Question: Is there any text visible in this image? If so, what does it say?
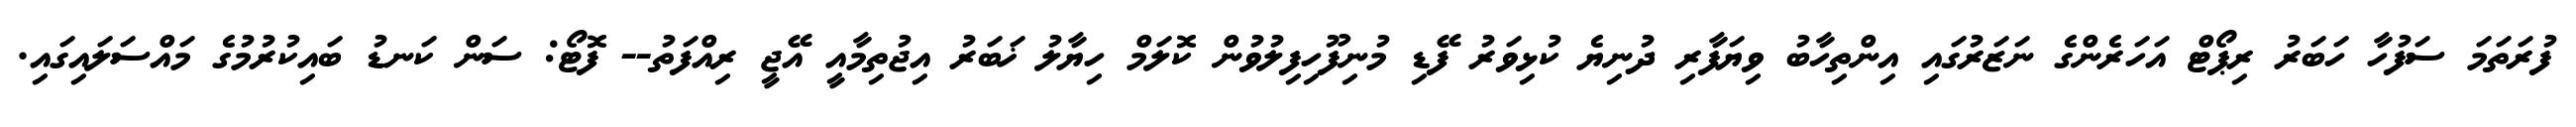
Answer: ފުރަތަމަ ސަފުހާ ހަބަރު ރިޕޯޓް އަހަރެންގެ ނަޒަރުގައި އިންތިހާބު ވިޔަފާރި ދުނިޔެ ކުޅިވަރު ފޭޑި މުނިފޫހިފިލުވުން ކޮލަމް ހިޔާލު ޚަބަރު އިޖުތިމާއީ އޭޖީ ރިއްފަތު-- ފޮޓޯ: ސަން ކަނޑު ބައިކުރުމުގެ މައްސަލައިގައި.